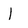
Character: 1